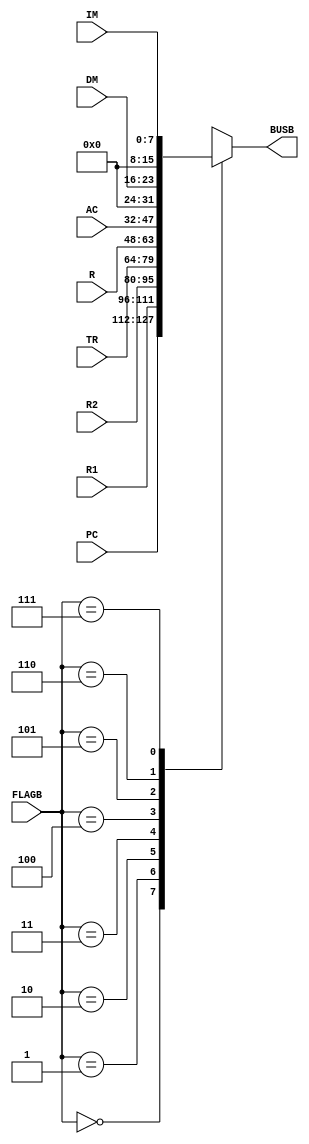
module BUSBMUX
(
    input [2:0] FLAGB,
    input [15:0] PC,
    input [15:0] R1,
    input [15:0] R2,
    input [15:0] TR,
    input [15:0] R,
    input [15:0] AC,
    input [7:0] DM,
    input [7:0] IM,
    output reg [15:0] BUSB
);

    always @ (FLAGB or PC or R1 or R2 or TR or R or AC or DM or IM)
        begin
            case (FLAGB)
                3'd0:
                    BUSB = PC;
                3'd1:
                    BUSB = R1;
                3'd2:
                    BUSB = R2;
                3'd3:
                    BUSB = TR;
                3'd4:
                    BUSB = R;
                3'd5:
                    BUSB = AC;
                3'd6:
                    BUSB = {8'b00000000, DM};
                3'd7:
                    BUSB = {8'b00000000, IM};
            endcase
        end
    
endmodule